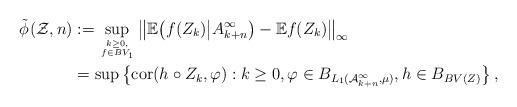
LaTeX: \begin{align*}\tilde \phi_{}(\mathcal Z, n) &:= \sup_{k\geq 0, \atop f \in BV_1} \big\| \mathbb{E} \big( f(Z_k) \big| A_{k+n}^{\infty} \big) - \mathbb{E} f(Z_k) \big\|_{\infty} \\&= \sup \big \{ \mathrm{cor}(h \circ Z_{k}, \varphi) : k \geq 0, \varphi \in B_{L_1(\mathcal A_{k+n}^\infty, \mu)}, h \in B_{BV(Z)} \bigr\}\, ,\end{align*}